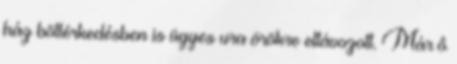
ház böllérkedésben is ügyes ura örökre eltávozott. Már ô